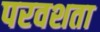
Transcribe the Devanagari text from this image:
परवशता